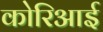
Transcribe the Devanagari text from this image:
कोरिआई